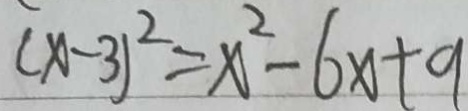
( x - 3 ) ^ { 2 } = x ^ { 2 } - 6 x + 9